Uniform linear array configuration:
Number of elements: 24
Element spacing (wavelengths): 1
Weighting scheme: hamming
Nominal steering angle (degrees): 0
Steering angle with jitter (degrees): -0.6387
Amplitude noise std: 0.05
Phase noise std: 0.05

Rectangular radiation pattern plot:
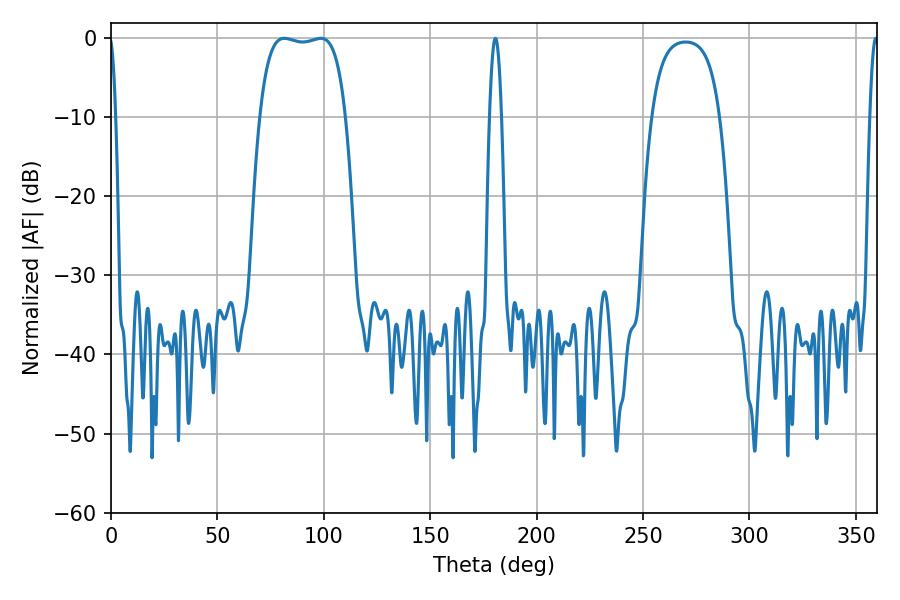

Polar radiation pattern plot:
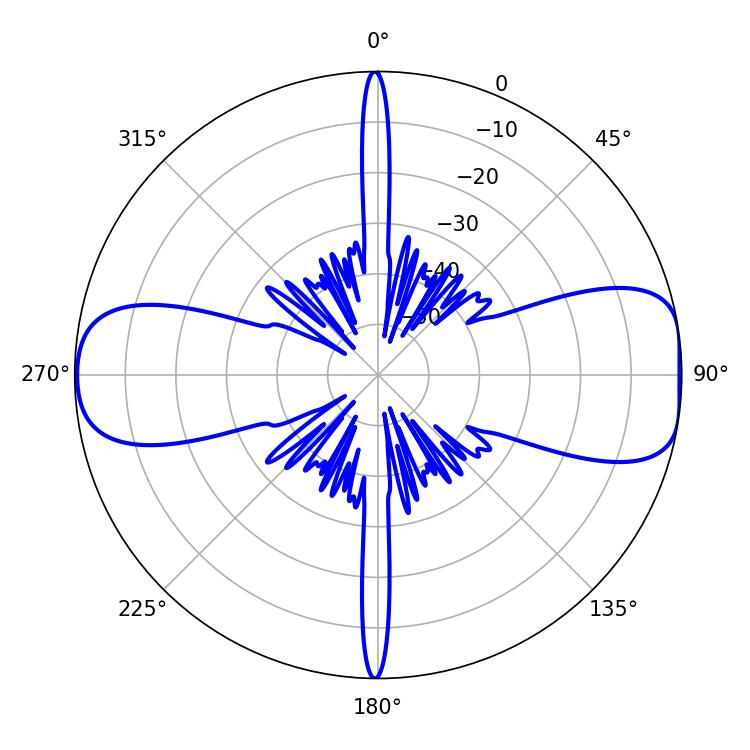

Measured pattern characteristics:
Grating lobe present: TRUE
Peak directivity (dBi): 10.085
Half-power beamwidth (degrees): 32.04
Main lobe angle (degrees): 81.36